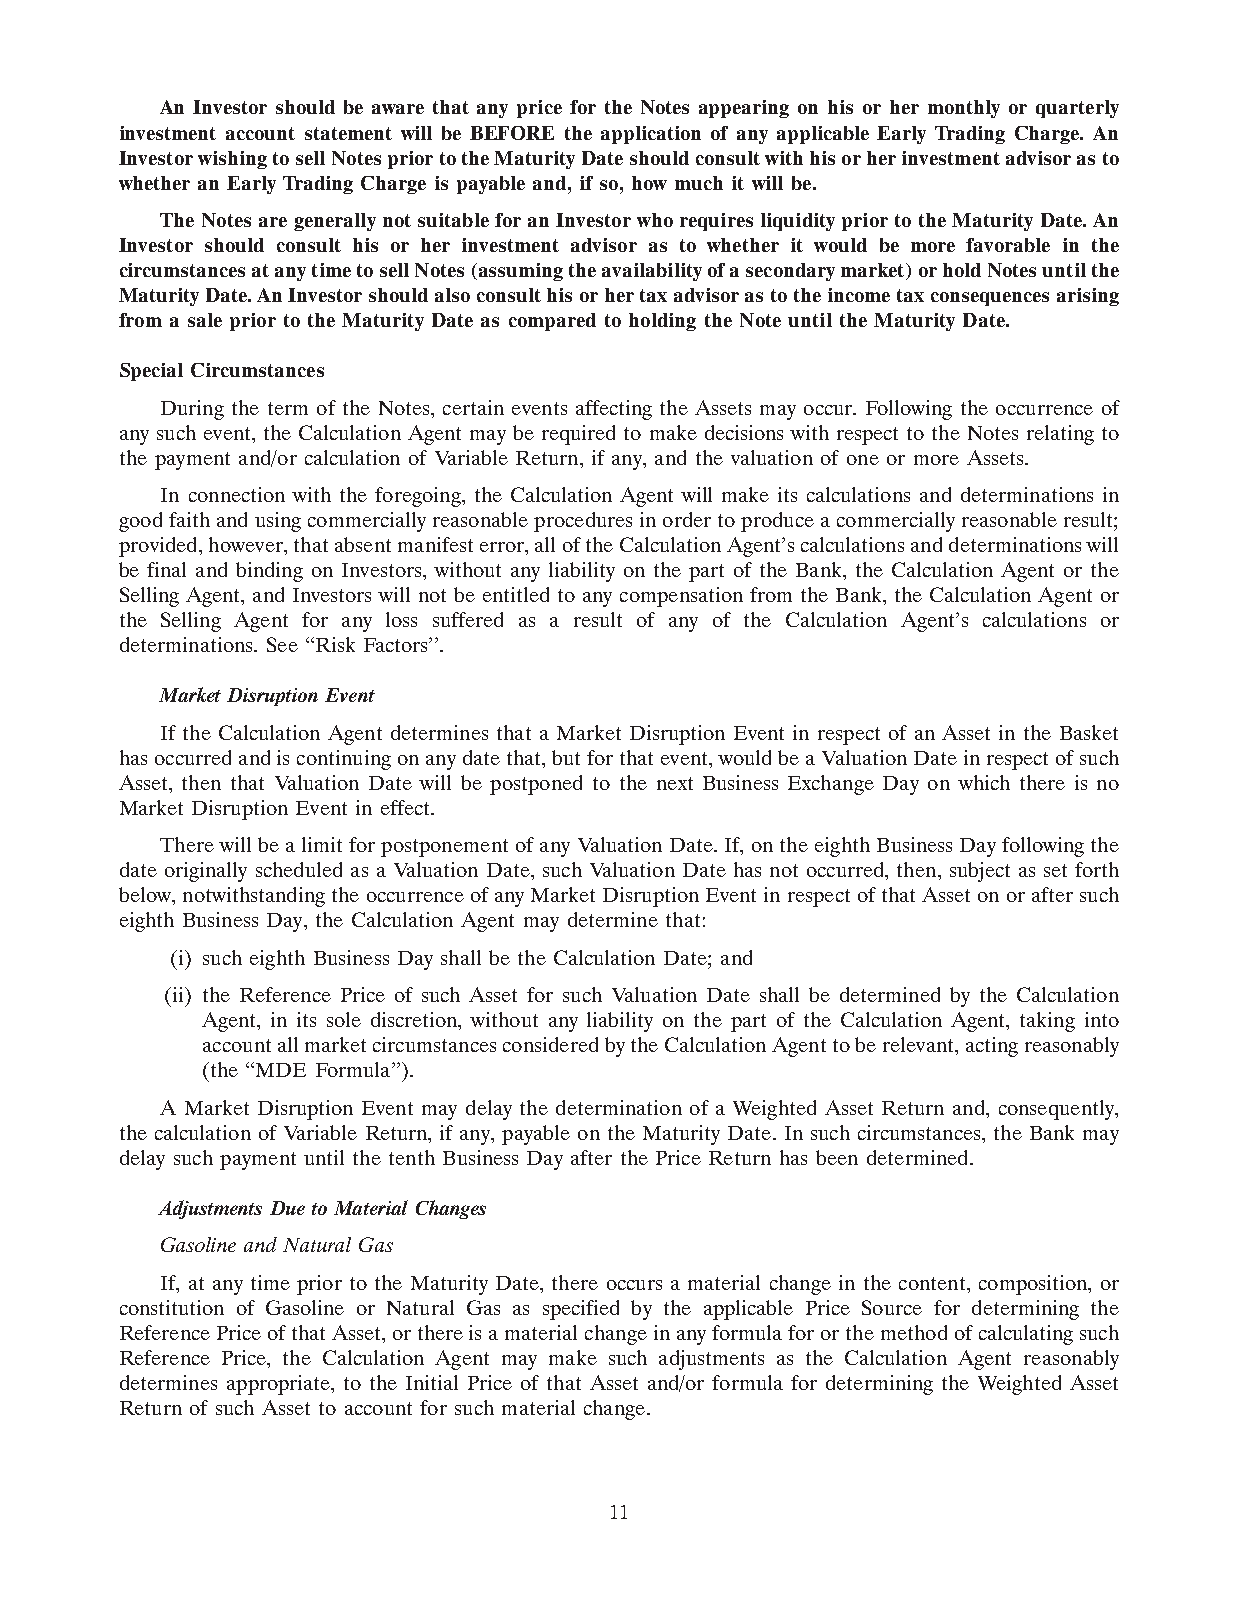
An Investor should be aware that any price for the Notes appearing on his or her monthly or quarterly
 investment account statement will be BEFORE the application of any applicable Early Trading Charge. An
 Investor wishing to sell Notes prior to the Maturity Date should consult with his or her investment advisor as to
 whether an Early Trading Charge is payable and, if so, how much it will be.
 The Notes are generally not suitable for an Investor who requires liquidity prior to the Maturity Date. An
 Investor should consult his or her investment advisor as to whether it would be more favorable in the
 circumstances at any time to sell Notes (assuming the availability of a secondary market) or hold Notes until the
 Maturity Date. An Investor should also consult his or her tax advisor as to the income tax consequences arising
 from a sale prior to the Maturity Date as compared to holding the Note until the Maturity Date.
 Special Circumstances
 During the term of the Notes, certain events affecting the Assets may occur. Following the occurrence of
 any such event, the Calculation Agent may be required to make decisions with respect to the Notes relating to
 the payment and/or calculation of Variable Return, if any, and the valuation of one or more Assets.
 In connection with the foregoing, the Calculation Agent will make its calculations and determinations in
 good faith and using commercially reasonable procedures in order to produce a commercially reasonable result;
 provided, however, that absent manifest error, all of the Calculation Agent’s calculations and determinations will
 be final and binding on Investors, without any liability on the part of the Bank, the Calculation Agent or the
 Selling Agent, and Investors will not be entitled to any compensation from the Bank, the Calculation Agent or
 the Selling Agent for any loss suffered as a result of any of the Calculation Agent’s calculations or
 determinations. See ‘‘Risk Factors’’.
 Market Disruption Event
 If the Calculation Agent determines that a Market Disruption Event in respect of an Asset in the Basket
 has occurred and is continuing on any date that, but for that event, would be a Valuation Date in respect of such
 Asset, then that Valuation Date will be postponed to the next Business Exchange Day on which there is no
 Market Disruption Event in effect.
 There will be a limit for postponement of any Valuation Date. If, on the eighth Business Day following the
 date originally scheduled as a Valuation Date, such Valuation Date has not occurred, then, subject as set forth
 below, notwithstanding the occurrence of any Market Disruption Event in respect of that Asset on or after such
 eighth Business Day, the Calculation Agent may determine that:
 (i) such eighth Business Day shall be the Calculation Date; and
 (ii) the Reference Price of such Asset for such Valuation Date shall be determined by the Calculation
 Agent, in its sole discretion, without any liability on the part of the Calculation Agent, taking into
 account all market circumstances considered by the Calculation Agent to be relevant, acting reasonably
 (the ‘‘MDE Formula’’).
 A Market Disruption Event may delay the determination of a Weighted Asset Return and, consequently,
 the calculation of Variable Return, if any, payable on the Maturity Date. In such circumstances, the Bank may
 delay such payment until the tenth Business Day after the Price Return has been determined.
 Adjustments Due to Material Changes
 Gasoline and Natural Gas
 If, at any time prior to the Maturity Date, there occurs a material change in the content, composition, or
 constitution of Gasoline or Natural Gas as specified by the applicable Price Source for determining the
 Reference Price of that Asset, or there is a material change in any formula for or the method of calculating such
 Reference Price, the Calculation Agent may make such adjustments as the Calculation Agent reasonably
 determines appropriate, to the Initial Price of that Asset and/or formula for determining the Weighted Asset
 Return of such Asset to account for such material change.
 11